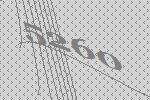
5260